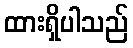
ထားရှိပါသည်